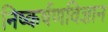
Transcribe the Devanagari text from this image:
निष्कर्षणविज्ञान